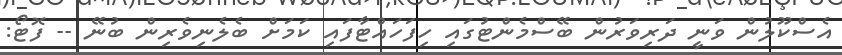
އެސްކޫލުން ވަނީ ދަރިވަރުން ބޭސްމެންޓުގައި ހިފަހައްޓާފައި ކަމަށް ބެލެނިވެރިން ބުނޭ -- ފޮޓޯ: